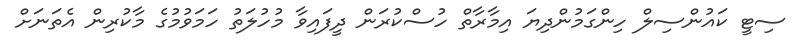
ސިޓީ ކައުންސިލް ހިންގަމުންދިޔަ އިމާރާތް ހުސްކުރަން ދީފައިވާ މުހުލަތު ހަމަވުމުގެ މާކުރިން އެތަނަށް